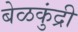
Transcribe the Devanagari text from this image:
बेळकुंद्री